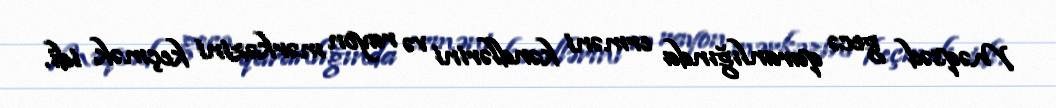
Məqsəd gecə qaranlığında erməni kəndlərini və rayon mərkəzini keçmək idi.